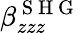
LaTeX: \beta_{zzz}^{\mathrm{~S~H~G~}}